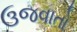
ઉજવાતો